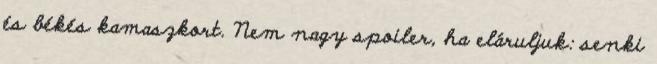
és békés kamaszkort. Nem nagy spoiler, ha eláruljuk: senki